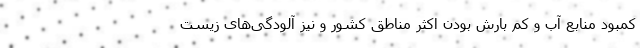
کمبود منابع آب و کم بارش بودن اکثر مناطق کشور و نیز آلودگی‌های زیست